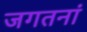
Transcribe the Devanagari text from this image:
जगतनां